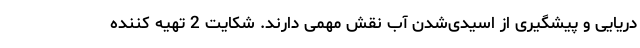
دریایی و پیشگیری از اسیدی‌شدن آب‌ نقش مهمی دارند. شکایت 2 تهیه کننده